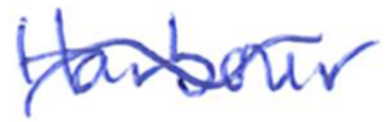
Text: Harbor
Cross-out: wave
Writing tool: ballpoint